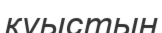
куыстың